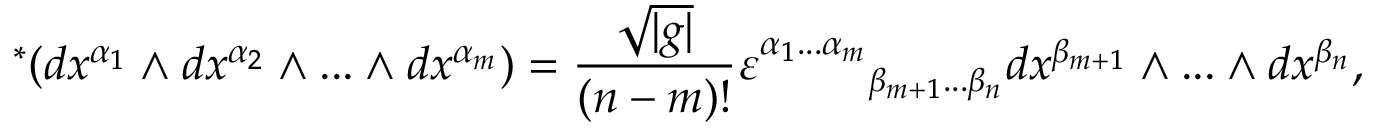
{ } ^ { * } ( d x ^ { \alpha _ { 1 } } \wedge d x ^ { \alpha _ { 2 } } \wedge . . . \wedge d x ^ { \alpha _ { m } } ) = \frac { \sqrt { | g | } } { ( n - m ) ! } \varepsilon _ { \ \ \ \ \ \ \ \beta _ { m + 1 } . . . \beta _ { n } } ^ { \alpha _ { 1 } . . . \alpha _ { m } } d x ^ { \beta _ { m + 1 } } \wedge . . . \wedge d x ^ { \beta _ { n } } ,